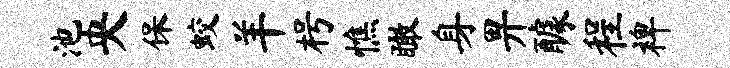
池央保蛟羊枵憔瞰身畀醵程裨